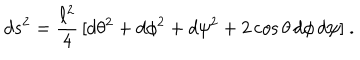
d s ^ { 2 } = { \frac { \ell ^ { 2 } } { 4 } } \, [ d \theta ^ { 2 } + d \phi ^ { 2 } + d \psi ^ { 2 } + 2 \cos \theta \, d \phi \, d \psi ] \ .